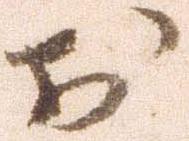
お